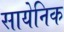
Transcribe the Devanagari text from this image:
सायेनिक